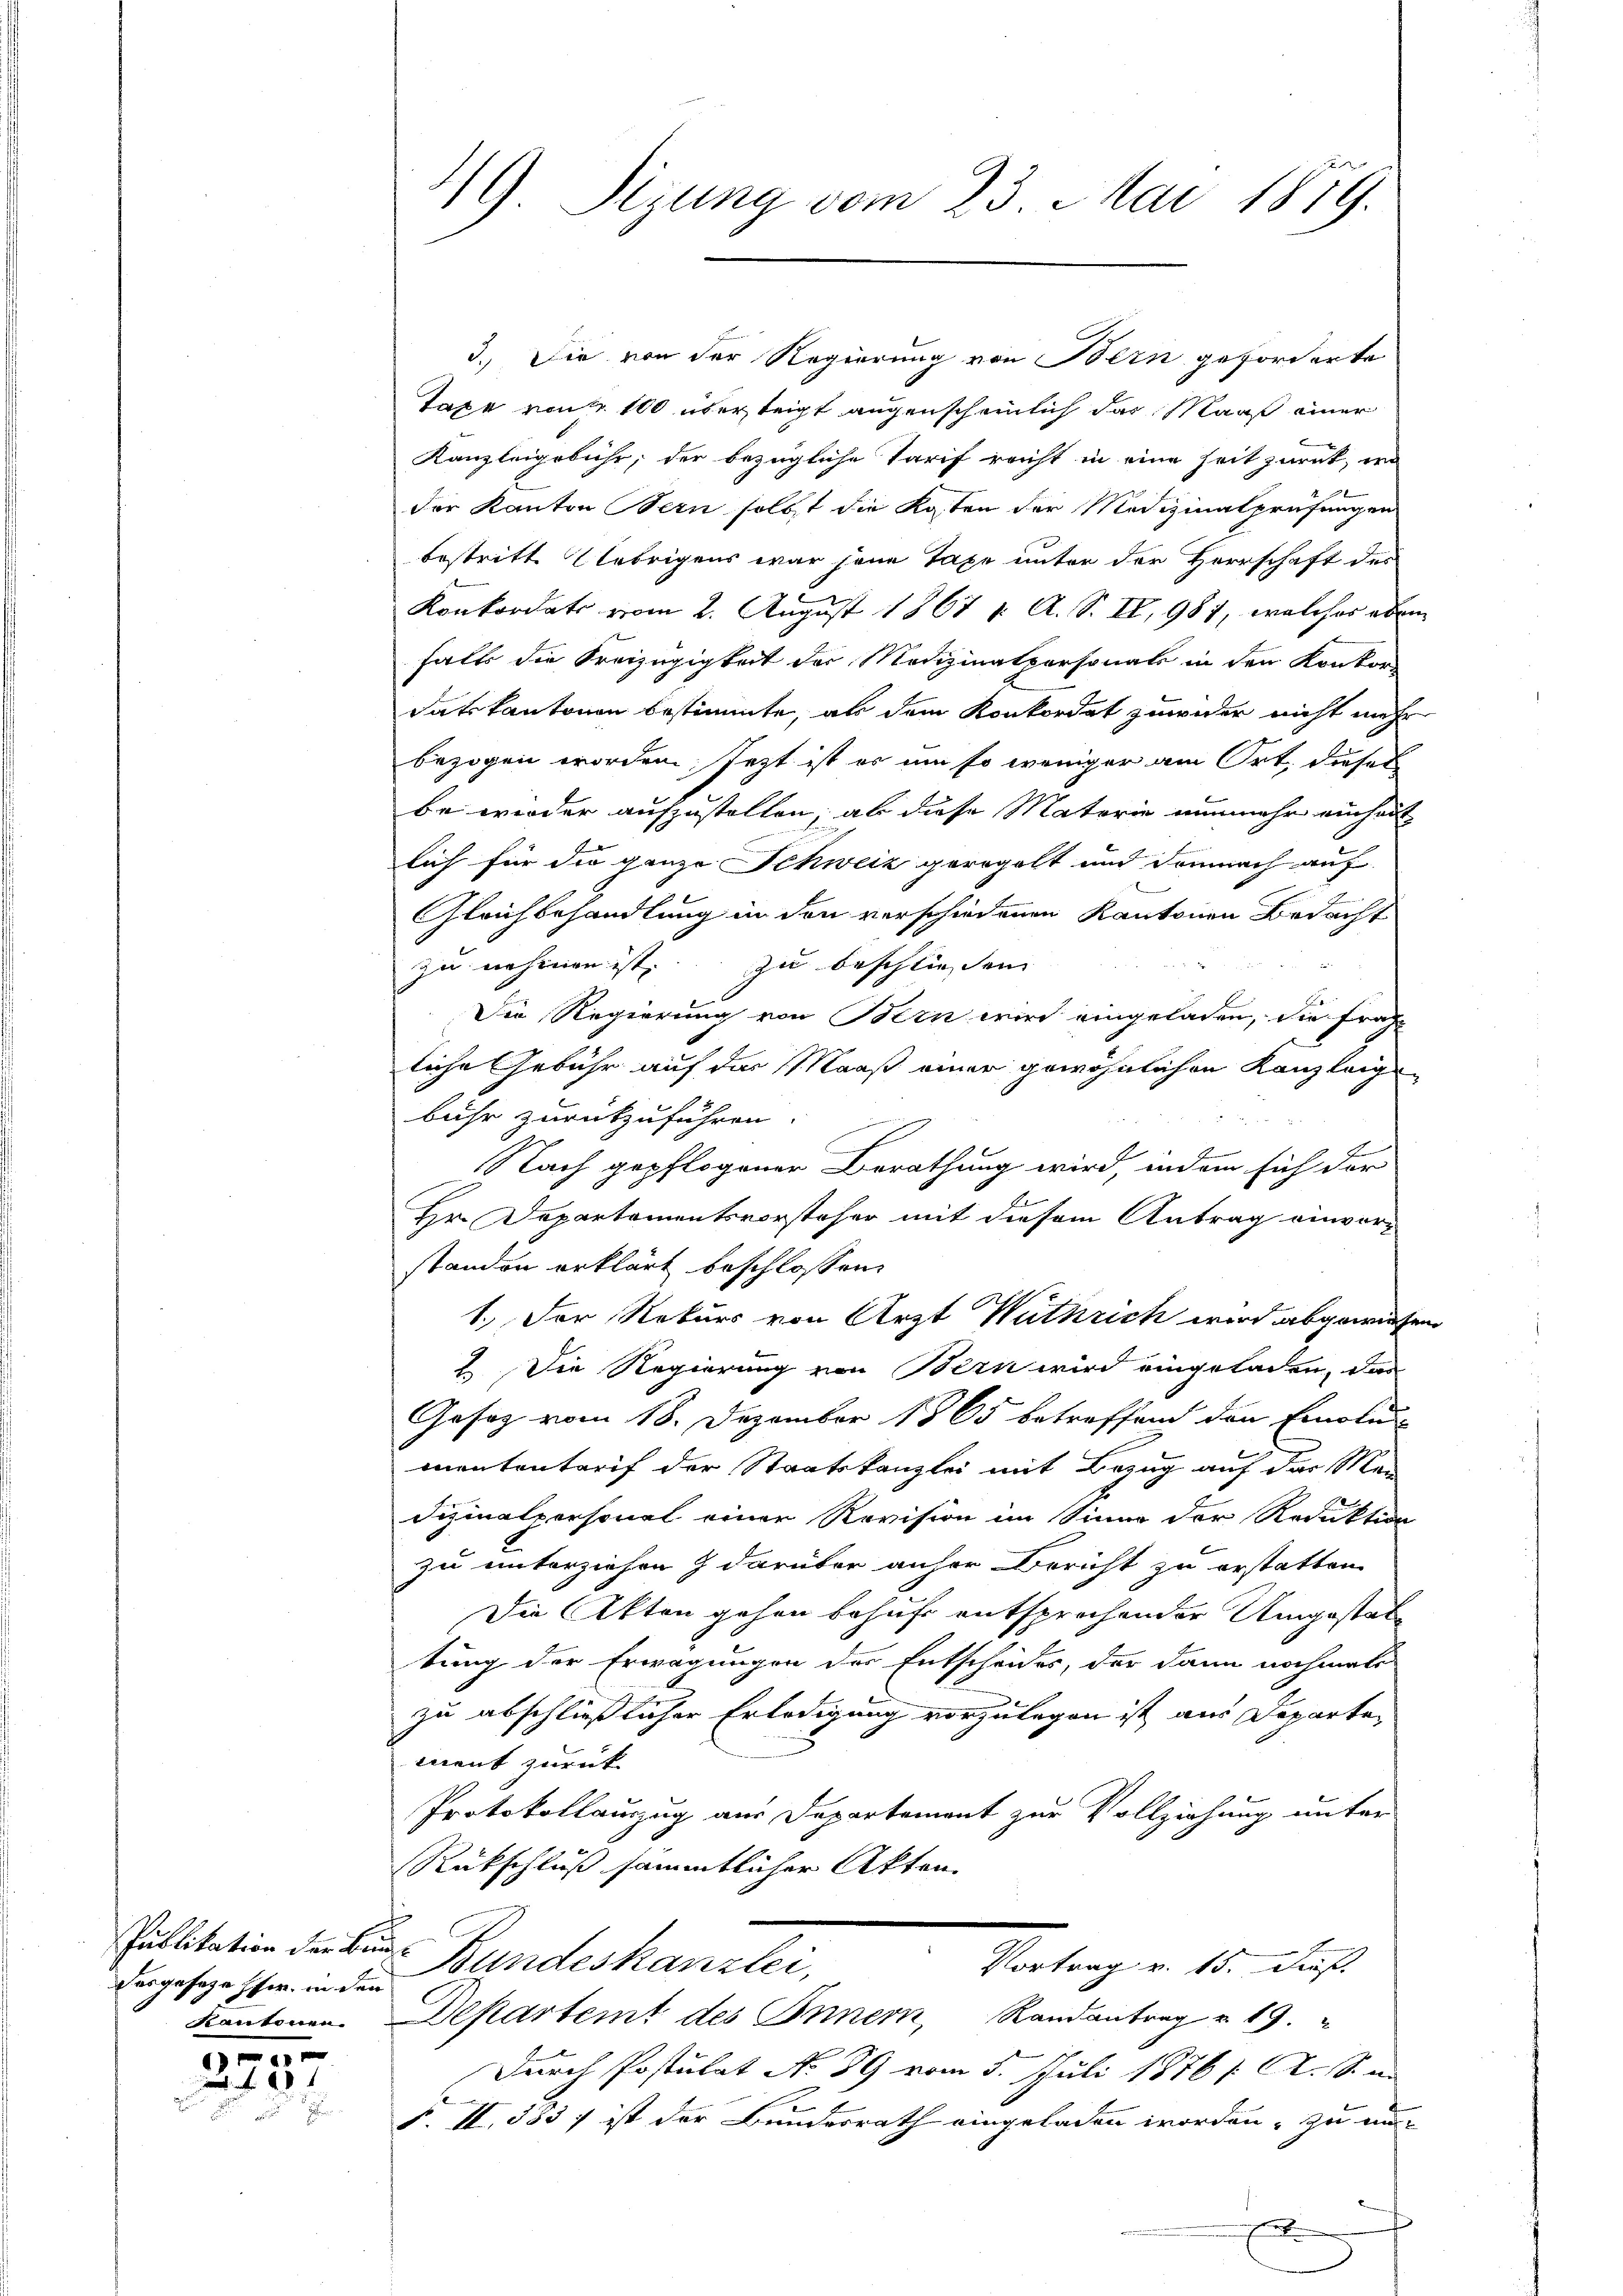
Publikation der Bundesgesezesser, in den
Kantonen.

3
157

3. Die von der Regierung von Bern geforderte
Taxe von 100 über teigt augenscheinlich das Maaß einer
Kanzleigebühr, der bezügliche Tarif reicht in eine seit zurück, wie
der Kanton Bern selbst die Kosten der Medizinalprüfungen
bestritt Uebrigens war jene Taxe unter der Herrschaft des
Konkordats vom 2. August 1867 u. A. S. II, 981, welches eben
falls die Freizügigkeit der Medizinalpersonat in den Konkor-
datkantonen bestimmte, als dem Konkordat zuwider nicht mehr
bezogen worden; jezt ist er um so weniger am Ort, dieser
be wieder aufzustellen, ab diese Materie nunmehr einheit
lich für die ganze Schweiz geregelt und demnach auf
Gleichbehandlung in den verschiedenen Kantonen Bedacht
zu nehmen ist zu beschliessen |
Die Regierung von Bern wird eingeladen, die Frage
liche Gebühr auf der Maaß einer gewöhnlichen Kanzleig
bühr zurückzuführen.
Nach gepflogener Berathung wird, indem sich der
Hr. Departementsvorsteher mit diesem Antrag einvorstanden erklärt beschlossen:
1.) Der Rekurs von Arzt Wuthrich wird abgewiesen
2 Die Regierung von Bern wird eingeladen, das
Gosaz vom 18. Dezember 1865 betreffend den Emolu
mententarif der Staatskanzlei mit Bezug auf das Mei
dizinalpersonal einer Revision im Sinne der Reduktion
zu unterziehen & darüber anher Bericht zu erstatten.
Die Akten gehen behufe entsprechender Umgestattung der Erwägungen der Entscheides, der dann nochmals
zu abschließlicher Erledigung vorzulegen ist aus Departe¬
3
ment zurück
Protokollauszug aus Departement zur Vollziehung unter
Rückschluß sämmtlicher Akten.
Bundeskanzlei,
Vortrag v. 15. Fuß.
Departeit des Innern, Randantrag u. 19.
Durch Postulat No 89 vom 5. Juli 1876 Al. S.
F. II. 553 ; ist der Bundesrath eingeladen worden, zu an-

119 Sizung vom 23. Mai 1879.